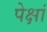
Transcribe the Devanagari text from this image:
पेक्षां